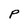
Character: p